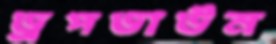
ড্রপডাউন